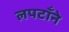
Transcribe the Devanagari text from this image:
लपटाँने